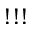
{ ! ! ! }